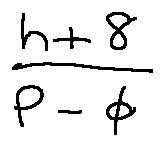
\frac { h + 8 } { P - \phi }